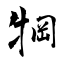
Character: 犅